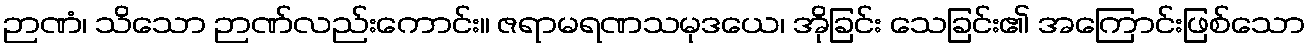
ဉာဏံ၊ သိသော ဉာဏ်လည်းကောင်း။ ဇရာမရဏသမုဒယေ၊ အိုခြင်း သေခြင်း၏ အကြောင်းဖြစ်သော